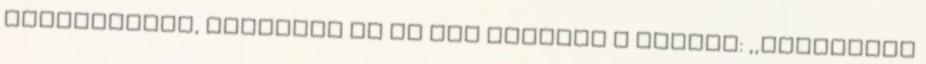
tanítványai, ellopják őt és azt mondják a népnek: ,,Feltámadt